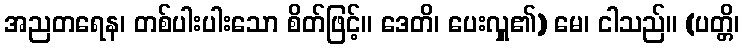
အညတရေန၊ တစ်ပါးပါးသော စိတ်ဖြင့်။ ဒေတိ၊ ပေးလှူ၏) မေ၊ ငါသည်။ (ပတ္တိ၊